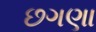
છગણા